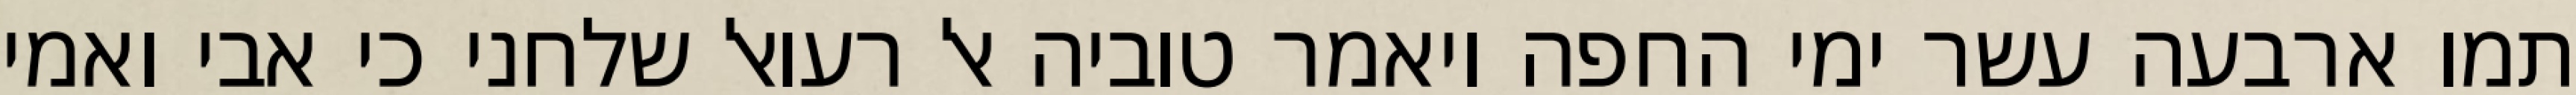
תמו ארבעה עשר ימי החפה ויאמר טוביה אל רעואל שלחני כי אבי ואמי